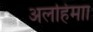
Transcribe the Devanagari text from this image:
अलहिमाा